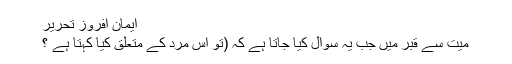
ایمان افروز تحریر
میت سے قبر میں جب یہ سوال کیا جاتا ہے کہ (تو اِس مَرد کے متعلق کیا کہتا ہے ؟